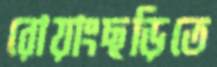
রোয়াংছড়িতে